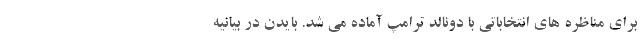
برای مناظره های انتخاباتی با دونالد ترامپ آماده می شد. بایدن در بیانیه